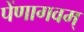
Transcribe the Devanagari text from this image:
पेंणागवम्